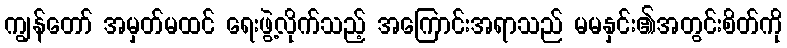
ကျွန်တော် အမှတ်မထင် ရေးဖွဲ့လိုက်သည့် အကြောင်းအရာသည် မမနှင်း၏အတွင်းစိတ်ကို